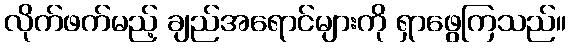
လိုက်ဖက်မည့် ချည်အရောင်များကို ရှာဖွေကြသည်။